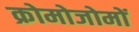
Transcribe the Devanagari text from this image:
क्रोमोजोमों